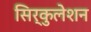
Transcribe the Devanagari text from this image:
सिर्कुलेशन